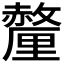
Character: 𬫁